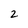
Character: 2